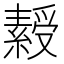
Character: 𬗾